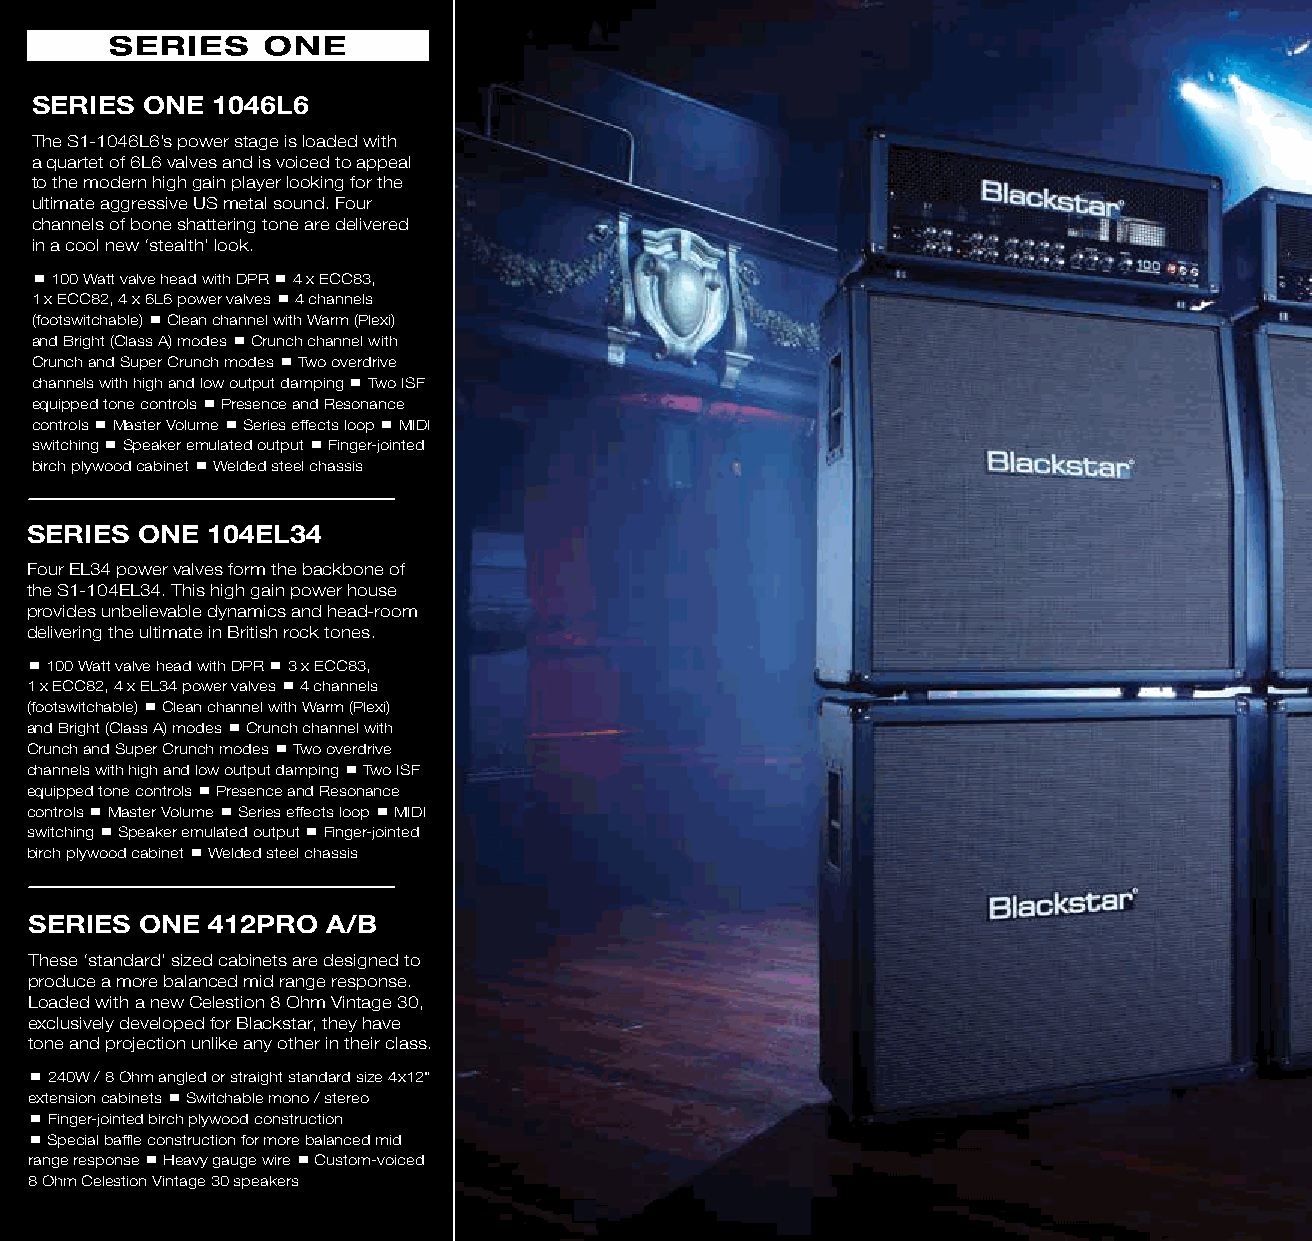
SERIES ONE  1046L6
 The S1-1046L6’s power stage is loaded with
 a quartet of 6L6 valves and is voiced to appeal
 to the modern high gain player looking for the
 ultimate aggressive US metal sound. Four
 channels of bone shattering tone are delivered
 in a cool new ‘stealth’ look.
  100 Watt valve head with DPR  4 x ECC83,
 1 x ECC82, 4 x 6L6 power valves  4 channels
 (footswitchable)  Clean channel with Warm (Plexi)
 and Bright (Class A) modes  Crunch channel with
 Crunch and Super Crunch modes  Two overdrive
 channels with high and low output damping  Two ISF
 equipped tone controls  Presence and Resonance
 controls  Master Volume  Series effects loop  MIDI
 switching  Speaker emulated output  Finger-jointed
 birch plywood cabinet  Welded steel chassis
 SERIES ONE  104EL34
 Four EL34 power valves form the backbone of
 the S1-104EL34. This high gain power house
 provides unbelievable dynamics and head-room
 delivering the ultimate in British rock tones.
  100 Watt valve head with DPR  3 x ECC83,
 1 x ECC82, 4 x EL34 power valves  4 channels
 (footswitchable)  Clean channel with Warm (Plexi)
 and Bright (Class A) modes  Crunch channel with
 Crunch and Super Crunch modes  Two overdrive
 channels with high and low output damping  Two ISF
 equipped tone controls  Presence and Resonance
 controls  Master Volume  Series effects loop  MIDI
 switching  Speaker emulated output  Finger-jointed
 birch plywood cabinet  Welded steel chassis
 SERIES ONE  412PRO  A/B
 These ‘standard’ sized cabinets are designed to
 produce a more balanced mid range response.
 Loaded with a new Celestion 8 Ohm Vintage 30,
 exclusively developed for Blackstar, they have
 tone and projection unlike any other in their class.
  240W / 8 Ohm angled or straight standard size 4x12"
 extension cabinets  Switchable mono / stereo
  Finger-jointed birch plywood construction
  Special baffle construction for more balanced mid
 range response  Heavy gauge wire  Custom-voiced
 8 Ohm Celestion Vintage 30 speakers